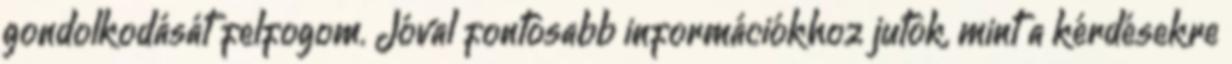
gondolkodását felfogom. Jóval fontosabb információkhoz jutok, mint a kérdésekre